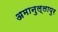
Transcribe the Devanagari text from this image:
अमानुल्लापुर